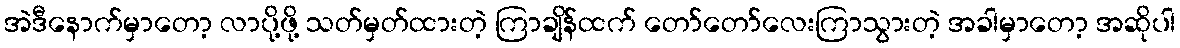
အဲဒီနောက်မှာတော့ လာပို့ဖို့ သတ်မှတ်ထားတဲ့ ကြာချိန်ထက် တော်တော်လေးကြာသွားတဲ့ အခါမှာတော့ အဆိုပါ